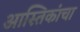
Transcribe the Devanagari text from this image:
आस्तिकांचा